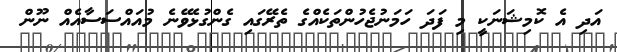
އަދި އެ ކޮމިޝަނަކީ މި ފަދަ ހަމަނުޖެހުންތަކެއްގެ ތެރޭގައި ގެންގުޅެވޭނެ މުއައްސަސާއެއް ނޫން